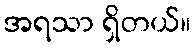
အရသာ ရှိတယ်။